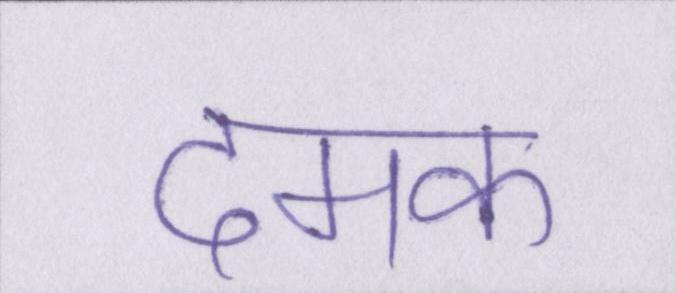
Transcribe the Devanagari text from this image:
दमक